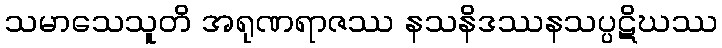
သမာသေသူတိ အရုဏရာဇဿ နသနိဒဿနသပ္ပဋိဃဿ